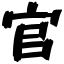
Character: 官